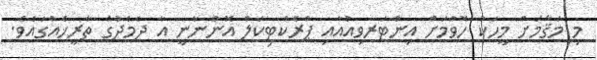
މި މަޤާމަށް މީހަކު ހޮވުމަށް އިންޓަރވިއުއާއި ޕްރެކްޓިކަލް އޮންނާނީ އާ ދެމެދުގެ ތާރީޚެއްގައެވެ.